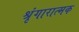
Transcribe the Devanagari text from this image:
श्रृंगारात्मक